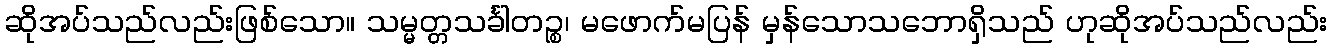
ဆိုအပ်သည်လည်းဖြစ်သော။ သမ္မတ္တသင်္ခါတဉ္စ၊ မဖောက်မပြန် မှန်သောသဘောရှိသည် ဟုဆိုအပ်သည်လည်း